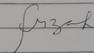
Signature authenticity: forged